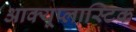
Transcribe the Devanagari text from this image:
आक्यूप्लास्टिक